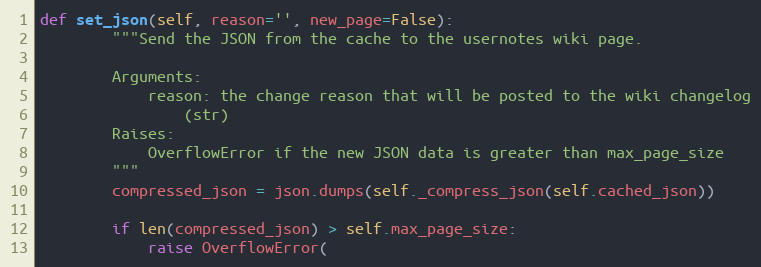
Language: Python
def set_json(self, reason='', new_page=False):
        """Send the JSON from the cache to the usernotes wiki page.

        Arguments:
            reason: the change reason that will be posted to the wiki changelog
                (str)
        Raises:
            OverflowError if the new JSON data is greater than max_page_size
        """
        compressed_json = json.dumps(self._compress_json(self.cached_json))

        if len(compressed_json) > self.max_page_size:
            raise OverflowError(